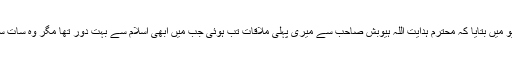
مکرم امیر صاحب نے اپنے انٹرویو میں بتایا کہ محترم ہدایت اللہ ہیوبش صاحب سے میری پہلی ملاقات تب ہوئی جب مَیں ابھی اسلام سے بہت دُور تھا مگر وہ سات سال پہلے ہی مسلمان ہوچکے تھے۔